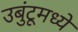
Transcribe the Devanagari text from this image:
उबुंटूमध्ये